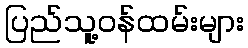
ပြည်သူ့ဝန်ထမ်းများ